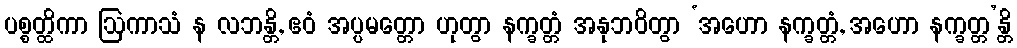
ပစ္စတ္ထိကာ ဩကာသံ န လဘန္တိ, ဧဝံ အပ္ပမတ္တော ဟုတွာ နက္ခတ္တံ အနုဘဝိတွာ ‘အဟော နက္ခတ္တံ, အဟော နက္ခတ္တ’န္တိ